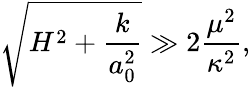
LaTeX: \sqrt{H^{2}+\frac{k}{a_{0}^{2}}}\gg 2\frac{\mu^{2}}{\kappa^{2}},